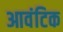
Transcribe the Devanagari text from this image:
आवंटिक